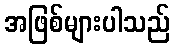
အဖြစ်များပါသည်